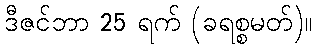
ဒီဇင်ဘာ 25 ရက် (ခရစ္စမတ်)။